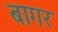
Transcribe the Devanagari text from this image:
बागर